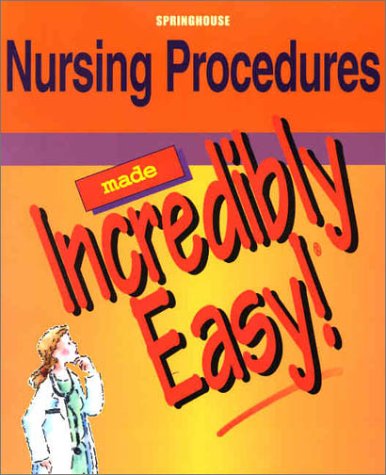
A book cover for Nursing Procedures Made Incredibly Easy!; Springhouse; Medical Books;